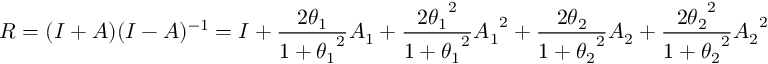
R = ( I + A ) ( I - A ) ^ { - 1 } = I + { \frac { 2 \theta _ { 1 } } { 1 + { \theta _ { 1 } } ^ { 2 } } } A _ { 1 } + { \frac { 2 { \theta _ { 1 } } ^ { 2 } } { 1 + { \theta _ { 1 } } ^ { 2 } } } { A _ { 1 } } ^ { 2 } + { \frac { 2 \theta _ { 2 } } { 1 + { \theta _ { 2 } } ^ { 2 } } } A _ { 2 } + { \frac { 2 { \theta _ { 2 } } ^ { 2 } } { 1 + { \theta _ { 2 } } ^ { 2 } } } { A _ { 2 } } ^ { 2 }